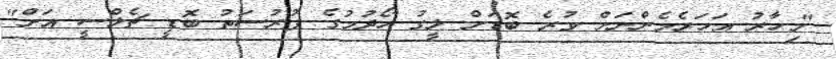
"މިހާރު އަހަރެމެންނަށް ވުރެ ބޮޑަށް ލީގު ހޯދުމުގެ ފުުރުސަތު ބޮޑީ ޗެލްސީ އަށް"